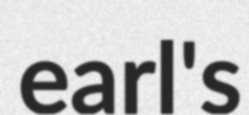
earl's